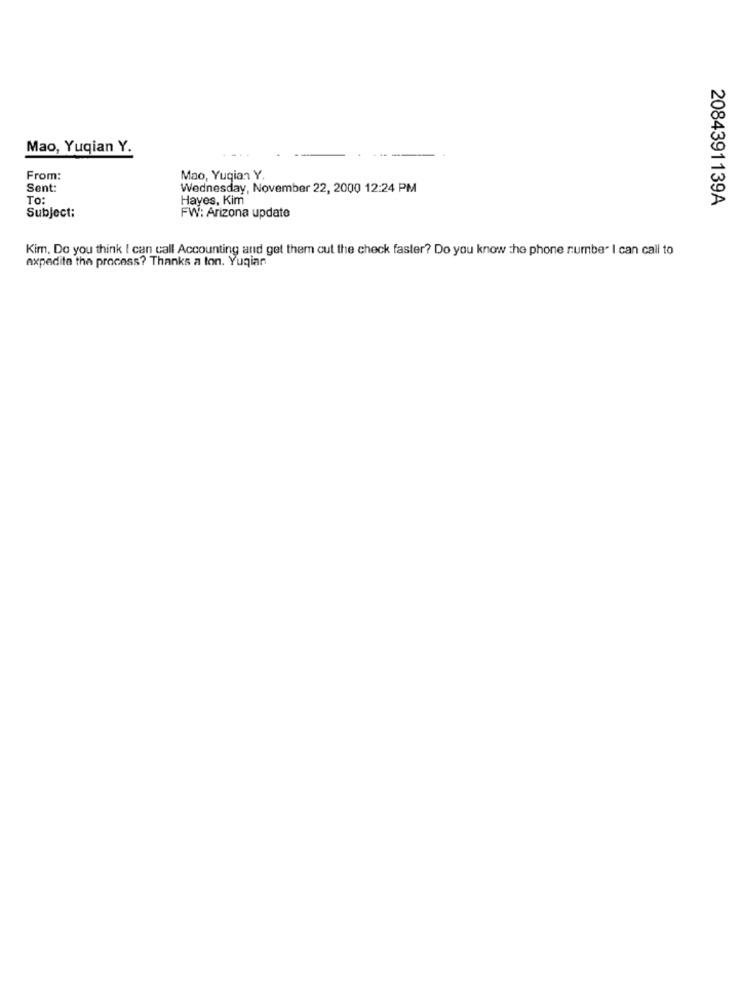
Mao, Yuqian Y.
From:
Mao, Yugian Y.
Sent:
Wednesday, November 22, 2000 12:24 PM
To:
Hayes, Kim
2084391139A
Subject:
FW: Arizona update
Kim, Do you think I can call Accounting and get them cut the check faster? Do you know the phone number I can call to
expedite the process? Thanks a ton. Yuqiar